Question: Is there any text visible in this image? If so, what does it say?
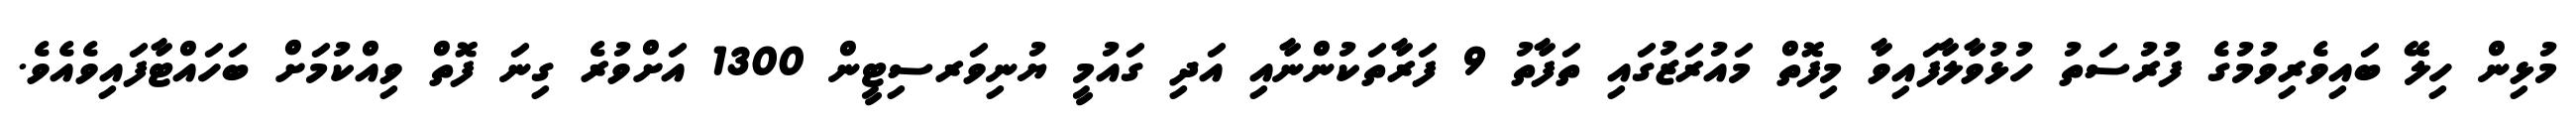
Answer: މުޅިން ހިލޭ ބައިވެރިވުމުގެ ފުރުސަތު ހުޅުވާލާފައިވާ މިފޮތް މައުރަޒުގައި ތަފާތު 9 ފަރާތަކުންނާއި އަދި ގައުމީ ޔުނިވަރސިޓީން 1300 އަށްވުރެ ގިނަ ފޮތް ވިއްކުމަށް ބަހައްޓާފައިވެއެވެ.